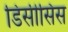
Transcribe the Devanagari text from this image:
डिसीसिस